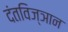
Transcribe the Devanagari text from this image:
दंतविज्ञान